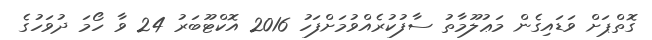
ގޮތްޕަށް ވަޑައިގެން މަޢުލޫމާތު ސާފުކުރެއްވުމަށްފަހު 2016 އޮކްޓޫބަރު 24 ވާ ހޯމަ ދުވަހުގެ